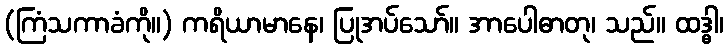
(ကြံသကာခံကို။) ကရိယာမာနေ၊ ပြုအပ်သော်။ အာပေါဓာတု၊ သည်။ ထဒ္ဓါ၊